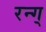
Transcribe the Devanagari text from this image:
रन्ग्